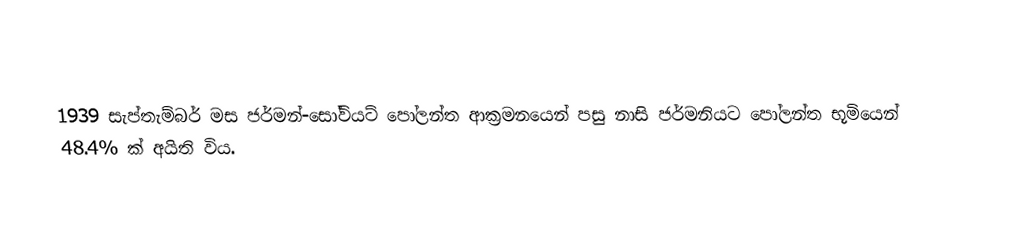
1939 සැප්තැම්බර් මස ජර්මන්-සෝවියට් පෝලන්ත ආක්‍රමනයෙන් පසු නාසි ජර්මනියට පෝලන්ත භූමියෙන් 48.4% ක් අයිති විය.